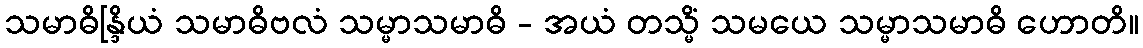
သမာဓိန္ဒြိယံ သမာဓိဗလံ သမ္မာသမာဓိ - အယံ တသ္မိံ သမယေ သမ္မာသမာဓိ ဟောတိ။